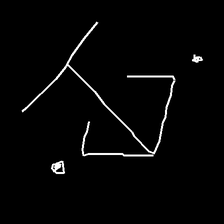
Glyph: earth